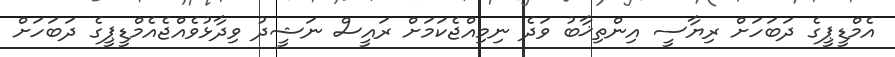
އެމްޑީޕީގެ ދަބަހަށް ރިޔާސީ އިންތިޚާބު ވަދެ ނިމިއްޖެކަމަށް ރައީސް ނަޝީދު ވިދާޅުވެއްޖެއެމްޑީޕީގެ ދަބަހަށް